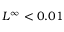
L ^ { \infty } < 0 . 0 1